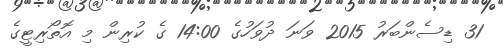
31 ޑިސެންބަރު 2015 ވަނަ ދުވަހުގެ 14:00 ގެ ކުރިން މި އޮތޯރިޓީގެ